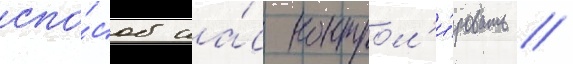
спо́соб на́с контрол'и́ровать //